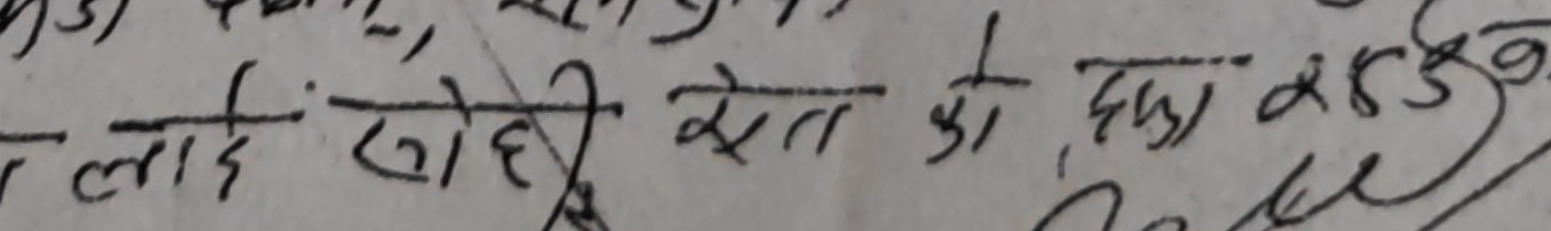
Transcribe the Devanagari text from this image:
लाडि रोही खेत को पडा 285 कट्ठा